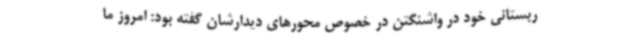
ربستانی خود در واشنگتن در خصوص محورهای دیدارشان گفته بود: امروز ما